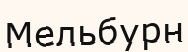
Мельбурн